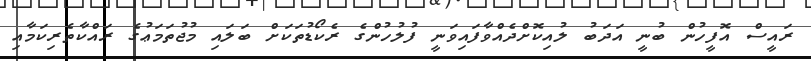
ރައީސް އޮފީހުން ބުނީ އަދަބު ލުއިކޮށްދެއްވާފައިވަނީ ފުލުހުންގެ ރެކޯޑުތަކަށް ބަލައި މުޖުތަމަޢުގެ ރައްކާތެރިކަމާއި